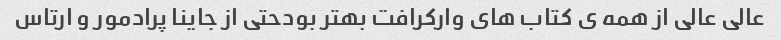
عالی عالی از همه ی کتاب های وارکرافت بهتر بودحتی از جاینا پرادمور و ارتاس